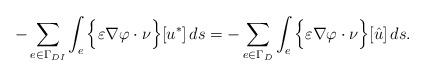
LaTeX: \begin{align*}- \sum_{e \in \Gamma_{DI}} \int_e \Big\{ \varepsilon \nabla \varphi \cdot \nu \Big\} [u^*]\, ds=- \sum_{e \in \Gamma_{D}} \int_e \Big\{ \varepsilon \nabla \varphi \cdot \nu \Big\} [\hat{u}]\, ds.\end{align*}